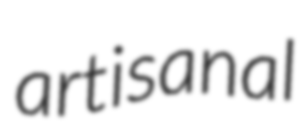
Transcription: artisanal